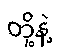
တို့နဲ့